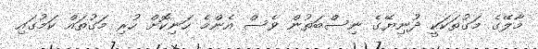
މާލޭގެ މަގުތަކަކީ ދުނިޔޭގެ ނިސްބަތުން ވެސް އެންމެ ހަނިކޮށް ހުރި މަގުތައް ކަމުގައި